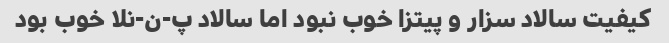
کیفیت سالاد سزار و پیتزا خوب نبود اما سالاد پ-ن-نلا خوب بود